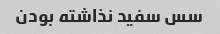
سس سفید نذاشته بودن